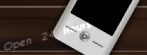
Open 24 Hours